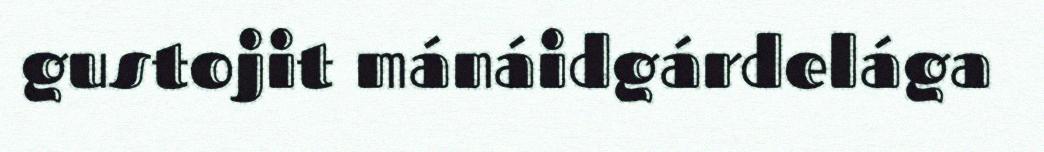
gustojit mánáidgárdelága